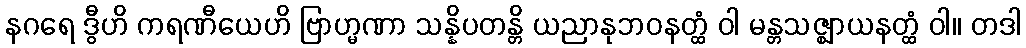
နဂရေ ဒွီဟိ ကရဏီယေဟိ ဗြာဟ္မဏာ သန္နိပတန္တိ ယညာနုဘဝနတ္ထံ ဝါ မန္တသဇ္ဈာယနတ္ထံ ဝါ။ တဒါ